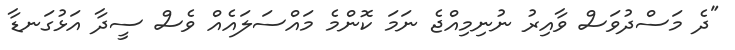
"ދެ މަސްދުވަސް ވާއިރު ނުނިމިއްޖެ ނަމަ ކޮންމެ މައްސަލައެއް ވެސް ސީދާ އަޅުގަނޑާ